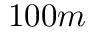
1 0 0 m